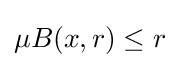
\mu B(x,r)\leq r